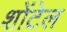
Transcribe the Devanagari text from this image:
शोंटेल